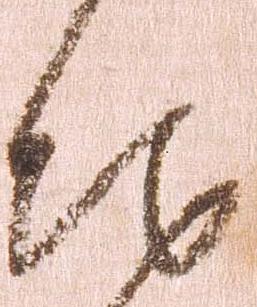
地